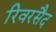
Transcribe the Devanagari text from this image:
रिवरसैद